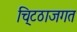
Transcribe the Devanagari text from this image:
चि्टठाजगत